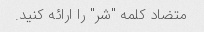
متضاد کلمه "شر" را ارائه کنید.